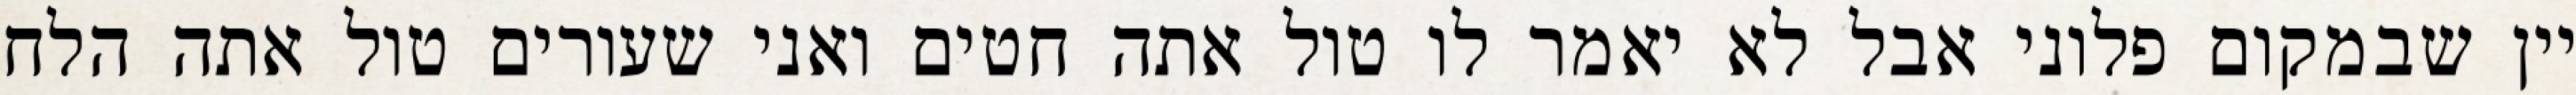
יין שבמקום פלוני אבל לא יאמר לו טול אתה חטים ואני שעורים טול אתה הלח